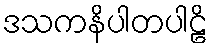
ဒသကနိပါတပါဠိ